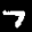
Label: 7